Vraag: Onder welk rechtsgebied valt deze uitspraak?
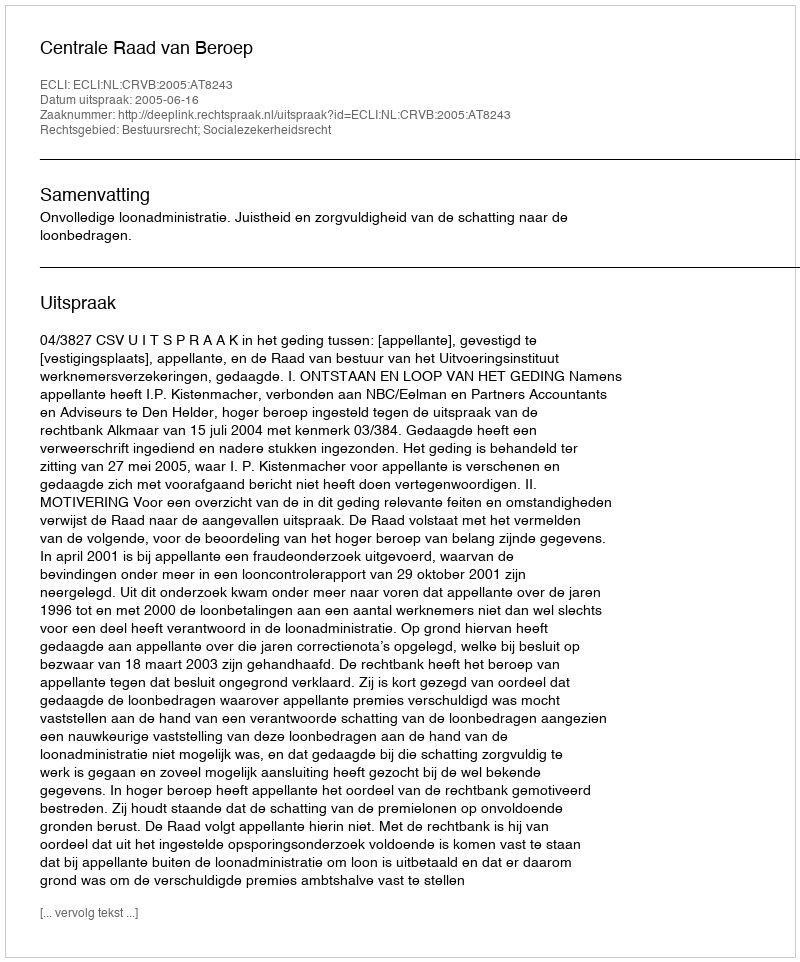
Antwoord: Bestuursrecht; Socialezekerheidsrecht